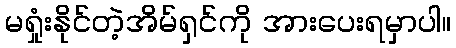
မရှုံးနိုင်တဲ့အိမ်ရှင်ကို အားပေးရမှာပါ။